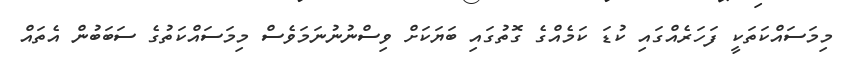
މިމަސައްކަތަކީ ފަހަރެއްގައި ކުޑަ ކަމެއްގެ ގޮތުގައި ބަޔަކަށް ވިސްނުނުނަމަވެސް މިމަސައްކަތުގެ ސަބަބުން އެތައް